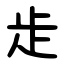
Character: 歨